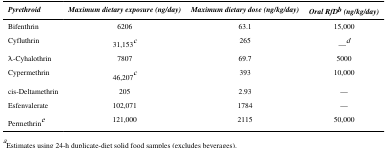
<table><thead><tr><td><b><i>Pyrethroid</i></b></td><td><b><i>Maximum dietary exposure (ng/day)</i></b></td><td><b><i>Maximum dietary dose (ng/kg/day)</i></b></td><td><b><i>Oral RfD</i><sup>b</sup><i>(ng/kg/day)</i></b></td></tr></thead><tbody><tr><td>Bifenthrin</td><td>6206</td><td>63.1</td><td>15,000</td></tr><tr><td>Cyfluthrin</td><td>31,153<sup>c</sup></td><td>265</td><td>—<sup>d</sup></td></tr><tr><td>λ-Cyhalothrin</td><td>7807</td><td>69.7</td><td>5000</td></tr><tr><td>Cypermethrin</td><td>46,207<sup>c</sup></td><td>393</td><td>10,000</td></tr><tr><td>cis-Deltamethrin</td><td>205</td><td>2.93</td><td>—</td></tr><tr><td>Esfenvalerate</td><td>102,071</td><td>1784</td><td>—</td></tr><tr><td>Permethrin<sup>e</sup></td><td>121,000</td><td>2115</td><td>50,000</td></tr></tbody></table>